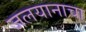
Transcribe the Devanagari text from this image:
जलयानाचा